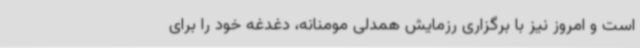
است و امروز نیز با برگزاری رزمایش همدلی مومنانه، دغدغه خود را برای